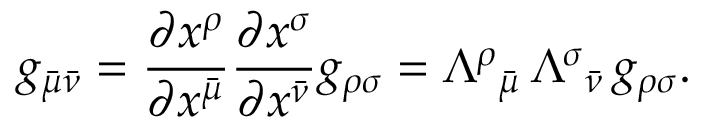
g _ { { \bar { \mu } } { \bar { \nu } } } = { \frac { \partial x ^ { \rho } } { \partial x ^ { \bar { \mu } } } } { \frac { \partial x ^ { \sigma } } { \partial x ^ { \bar { \nu } } } } g _ { \rho \sigma } = \Lambda ^ { \rho } { } _ { \bar { \mu } } \, \Lambda ^ { \sigma } { } _ { \bar { \nu } } \, g _ { \rho \sigma } .